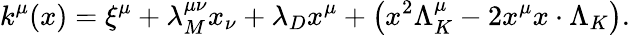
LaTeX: k^{\mu}(x)=\xi^{\mu}+\lambda_{M}^{\mu\nu}x_{\nu}+\lambda_{D}x^{\mu}+\left(x^{2}\Lambda_{K}^{\mu}-2x^{\mu}x\cdot\Lambda_{K}\right).